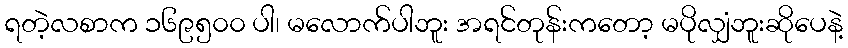
ရတဲ့လစာက ၁၆၉၅၀၀ ပါ၊ မလောက်ပါဘူး အရင်တုန်းကတော့ မပိုလျှံဘူးဆိုပေနဲ့